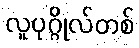
လူပုဂ္ဂိုလ်တစ်